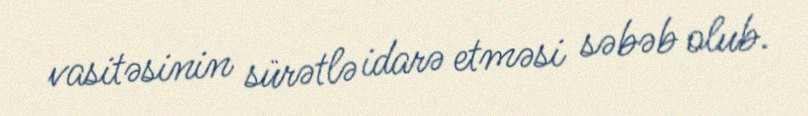
vasitəsinin sürətlə idarə etməsi səbəb olub.